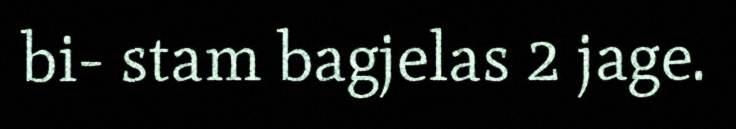
bi- stam bagjelas 2 jage.